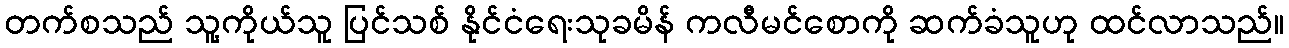
တက်စသည် သူ့ကိုယ်သူ ပြင်သစ် နိုင်ငံရေးသုခမိန် ကလီမင်စောကို ဆက်ခံသူဟု ထင်လာသည်။